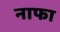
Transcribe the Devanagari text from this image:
नाफा